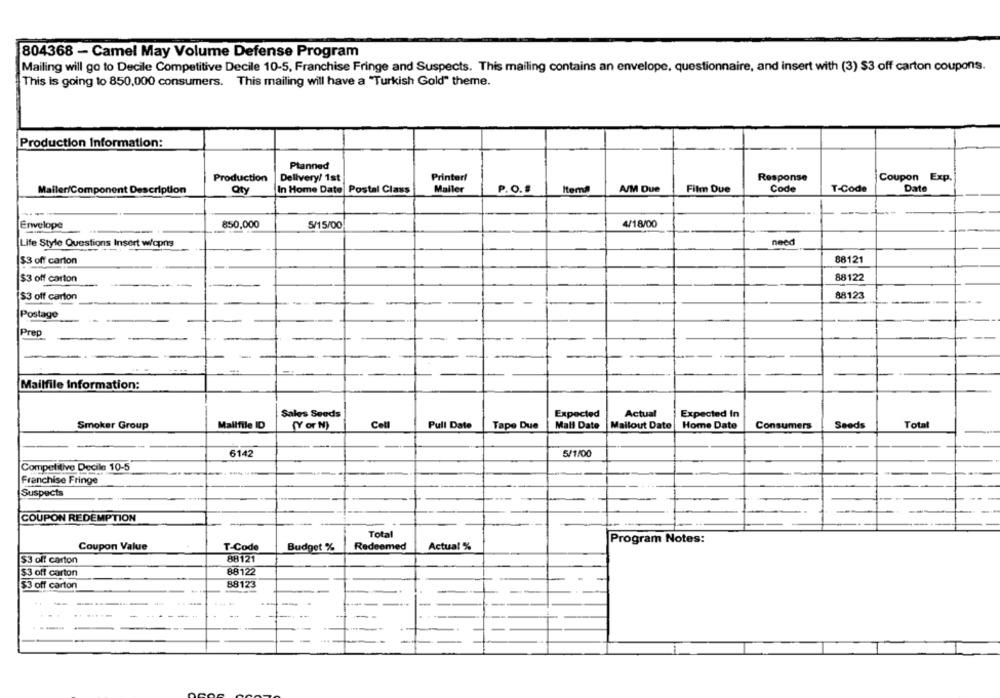
804368 - Camel May Volume Defense Program
Mailing will go to Decile Competitive Decile 10-5, Franchise Fringe and Suspects. This mailing contains an envelope, questionnaire, and insert with (3) $3 off carton coupons.
This is going to 850,000 consumers. This mailing will have a "Turkish Gold" theme.
Production Information:
Planned
Production
Delivery/ 1st
Printer/
Response
Coupon Exp.
In Home Date Postal Class
Mailer
P.O.S
Item
A/M Due
Film Due
Code
T-Code
Date
Mailer/Component D
lon
Qty
----
850,000
4/18/00
Envelope
S/15/00
Life Style Questions Insert w/cpns
need
$3 off carton
88121
$3 off carton
88122
$3 off carton
88123
Postage
Prep
Mailfile Information:
Sales Seeds
Expected
Actual
Expected In
Smoker Group
Mallfile ID
(Y or N)
Cell
Pull Date
Tape Due
Mall Date
Mailout Date
Home Date
Consumers
Seeds
Total
6142
5/1/00
Competitive Decile 10-5
Franchise Fringe
Suspects
COUPON REDEMPTION
Total
Program Notes:
Coupon Value
T-Code
Budget %
Redeemed
Actual %
88121
$3 off carton
$3 off carton
88122
$3 off carton
88123
.. ...
--
--